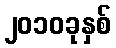
၂၀၁၀ခုနှစ်